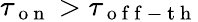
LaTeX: \tau_{\mathrm{~o~n~}}>\tau_{\mathrm{~o~f~f~-~t~h~}}